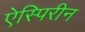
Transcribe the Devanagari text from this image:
ऐस्पिरीन